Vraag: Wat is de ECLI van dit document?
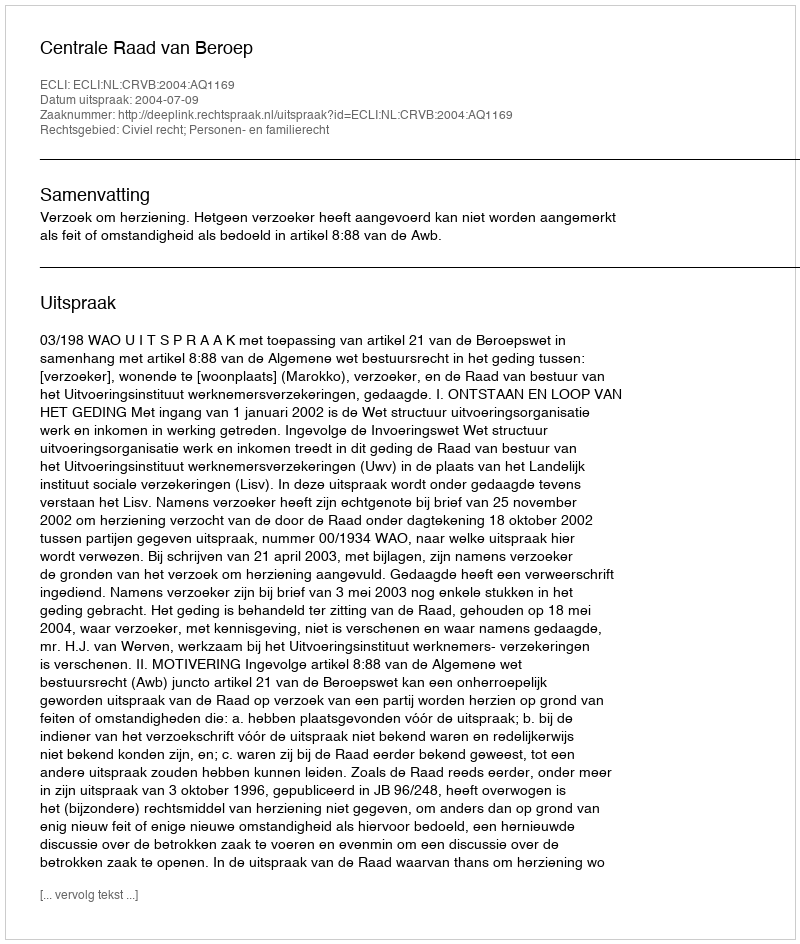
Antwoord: ECLI:NL:CRVB:2004:AQ1169